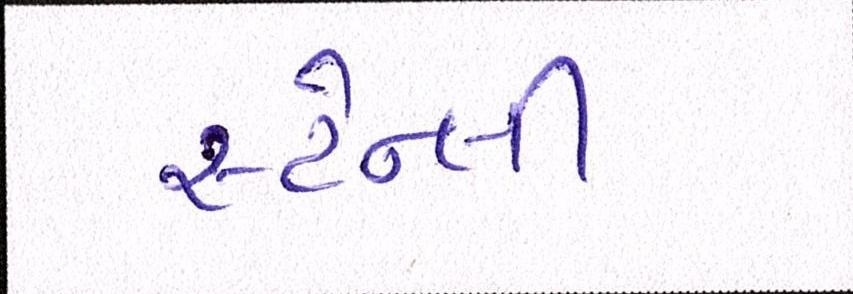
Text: સ્ટેન્લી